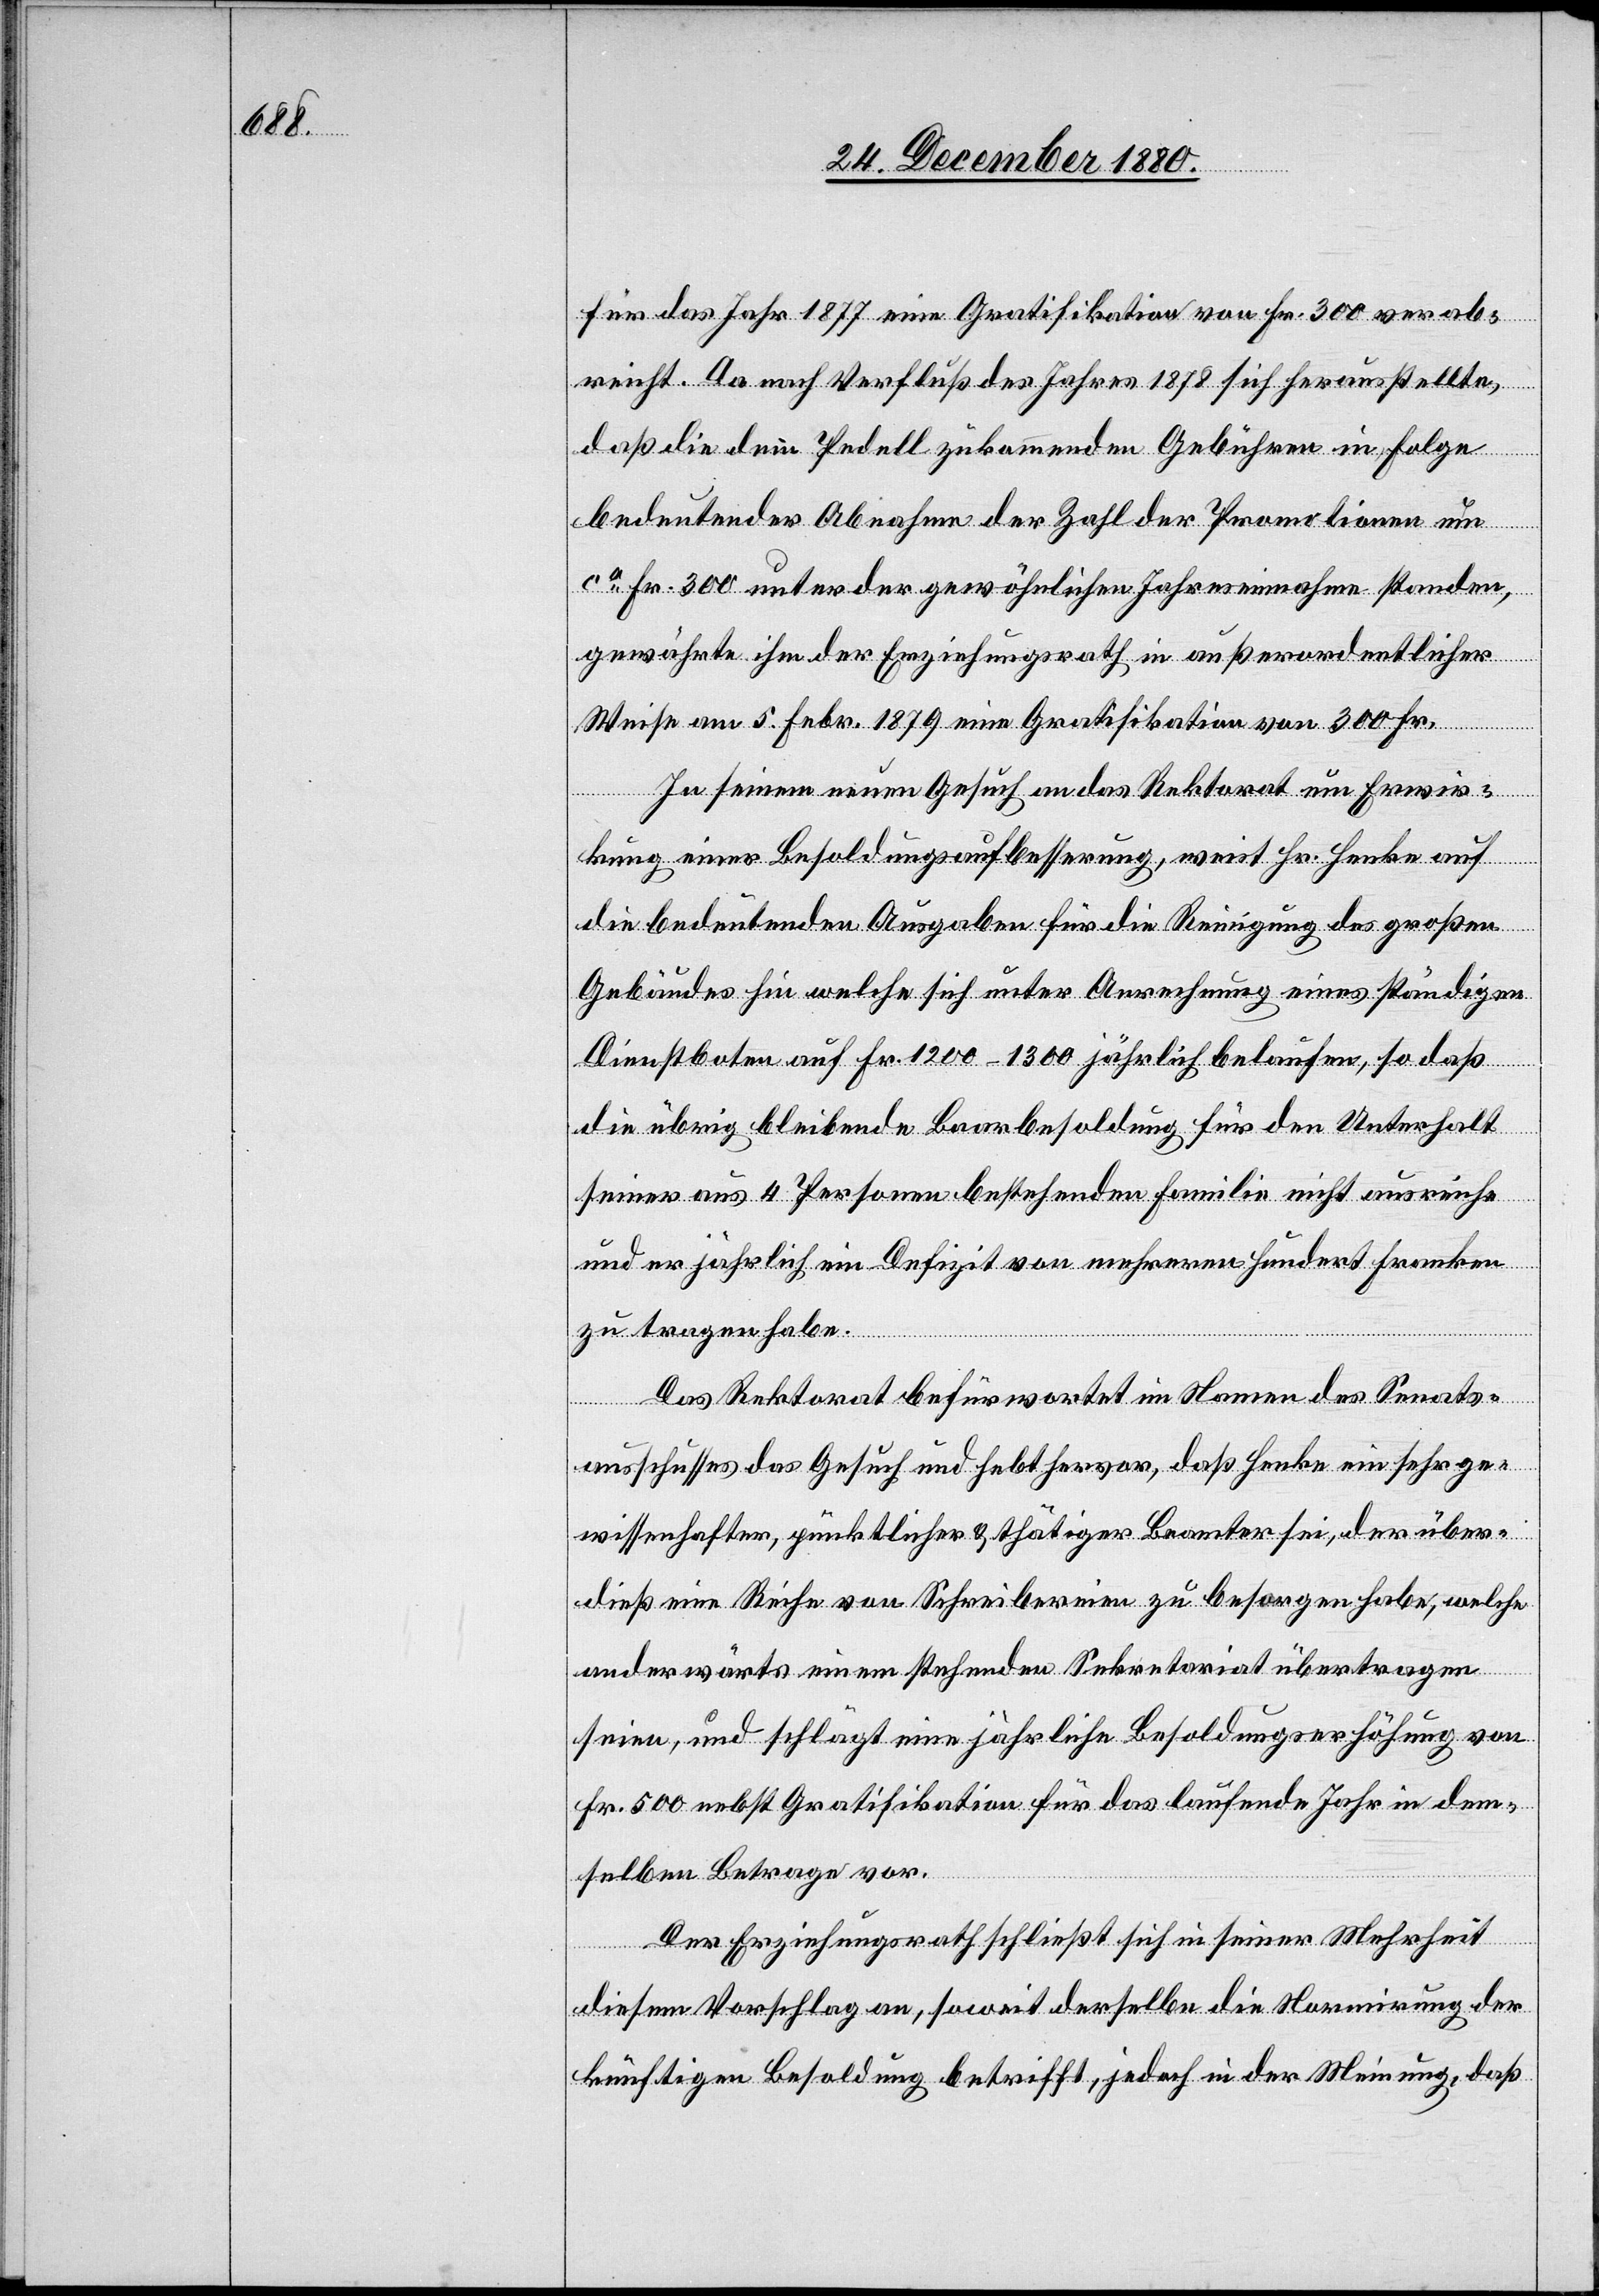
für das Jahr 1877 eine Gratifikation von Fr. 300 verab¬
reicht. Da nach Verfluß des Jahres 1878 sich herausstellte,
daß die dem Pedell zukommenden Gebühren in Folge
bedeutender Abnahme der Zahl der Promotionen um
ca Fr. 300 unter der gewöhnlichen Jahreseinnahme standen,
gewährte ihm der Erziehungsrath in außerordentlicher
Weise am 5. Febr. 1879 eine Gratifikation von 300 Fr.
In seinem neuen Gesuch an das Rektorat um Erwir¬
kung einer Besoldungsaufbesserung, weist Hr. Henke auf
die bedeutenden Ausgaben für die Reinigung des großen
Gebäudes hin welche sich unter Anrechnung eines ständigen
Dienstboten auf Fr. 1200–1300 jährlich belaufen, so daß
die übrig bleibende Baarbesoldung für den Unterhalt
seiner aus 4 Personen bestehenden Familie nicht ausreiche
und er jährlich ein Defizit von mehreren hundert Franken
zu tragen habe.
Das Rektorat befürwortete im Namen des Senats¬
ausschusses das Gesuch und hebt hervor, daß Henke ein sehr ge¬
wissenhafter, pünktlicher & thätiger Beamter sei, der über¬
dieß eine Reihe von Schreibereien zu besorgen habe, welche
anderwärts einem stehenden Sekretariat übertragen
seien, und schlägt eine jährliche Besoldungserhöhung von
Fr. 500 nebst Gratifikation für das laufende Jahr in dem¬
selben Betrage vor.
Der Erziehungsrath schließt sich in seiner Mehrheit
diesem Vorschlag an, soweit derselbe die Normirung der
künftigen Besoldung betrifft, jedoch in der Meinung, daß